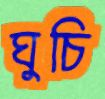
ঘুচি